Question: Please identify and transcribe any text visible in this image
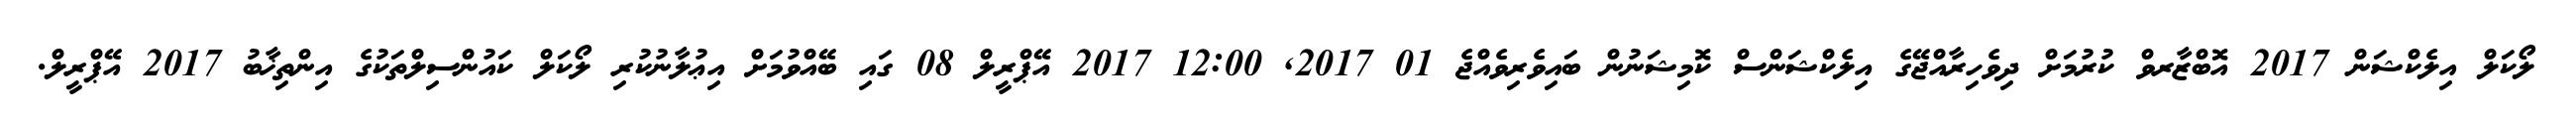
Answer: ލޯކަލް އިލެކްޝަން 2017 އޮބްޒާރވް ކުރުމަށް ދިވެހިރާއްޖޭގެ އިލެކްޝަންސް ކޮމިޝަނުން ބައިވެރިވެއްޖެ 01 2017, 12:00 2017 އޭޕްރީލް 08 ގައި ބޭއްވުމަށް އިޢުލާނުކުރި ލޯކަލް ކައުންސިލްތަކުގެ އިންތިޚާބު 2017 އޭޕްރީލް.